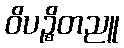
ဝိပဉ္စိတညူ